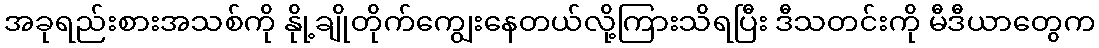
အခုရည်းစားအသစ်ကို နိုု့ချိုတိုက်ကျွေးနေတယ်လို့ကြားသိရပြီး ဒီသတင်းကို မီဒီယာတွေက